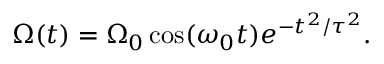
\Omega ( t ) = \Omega _ { 0 } \cos ( \omega _ { 0 } t ) e ^ { - t ^ { 2 } / \tau ^ { 2 } } .